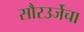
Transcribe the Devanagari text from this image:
सौरउर्जेचा